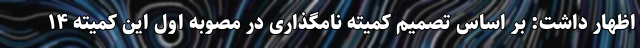
اظهار داشت: بر اساس تصمیم کمیته نامگذاری در مصوبه اول این کمیته ۱۴